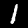
Label: 1